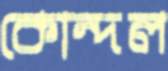
কোন্দল